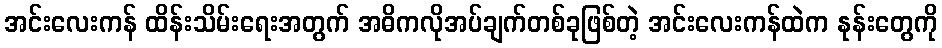
အင်းလေးကန် ထိန်းသိမ်းရေးအတွက် အဓိကလိုအပ်ချက်တစ်ခုဖြစ်တဲ့ အင်းလေးကန်ထဲက နုန်းတွေကို